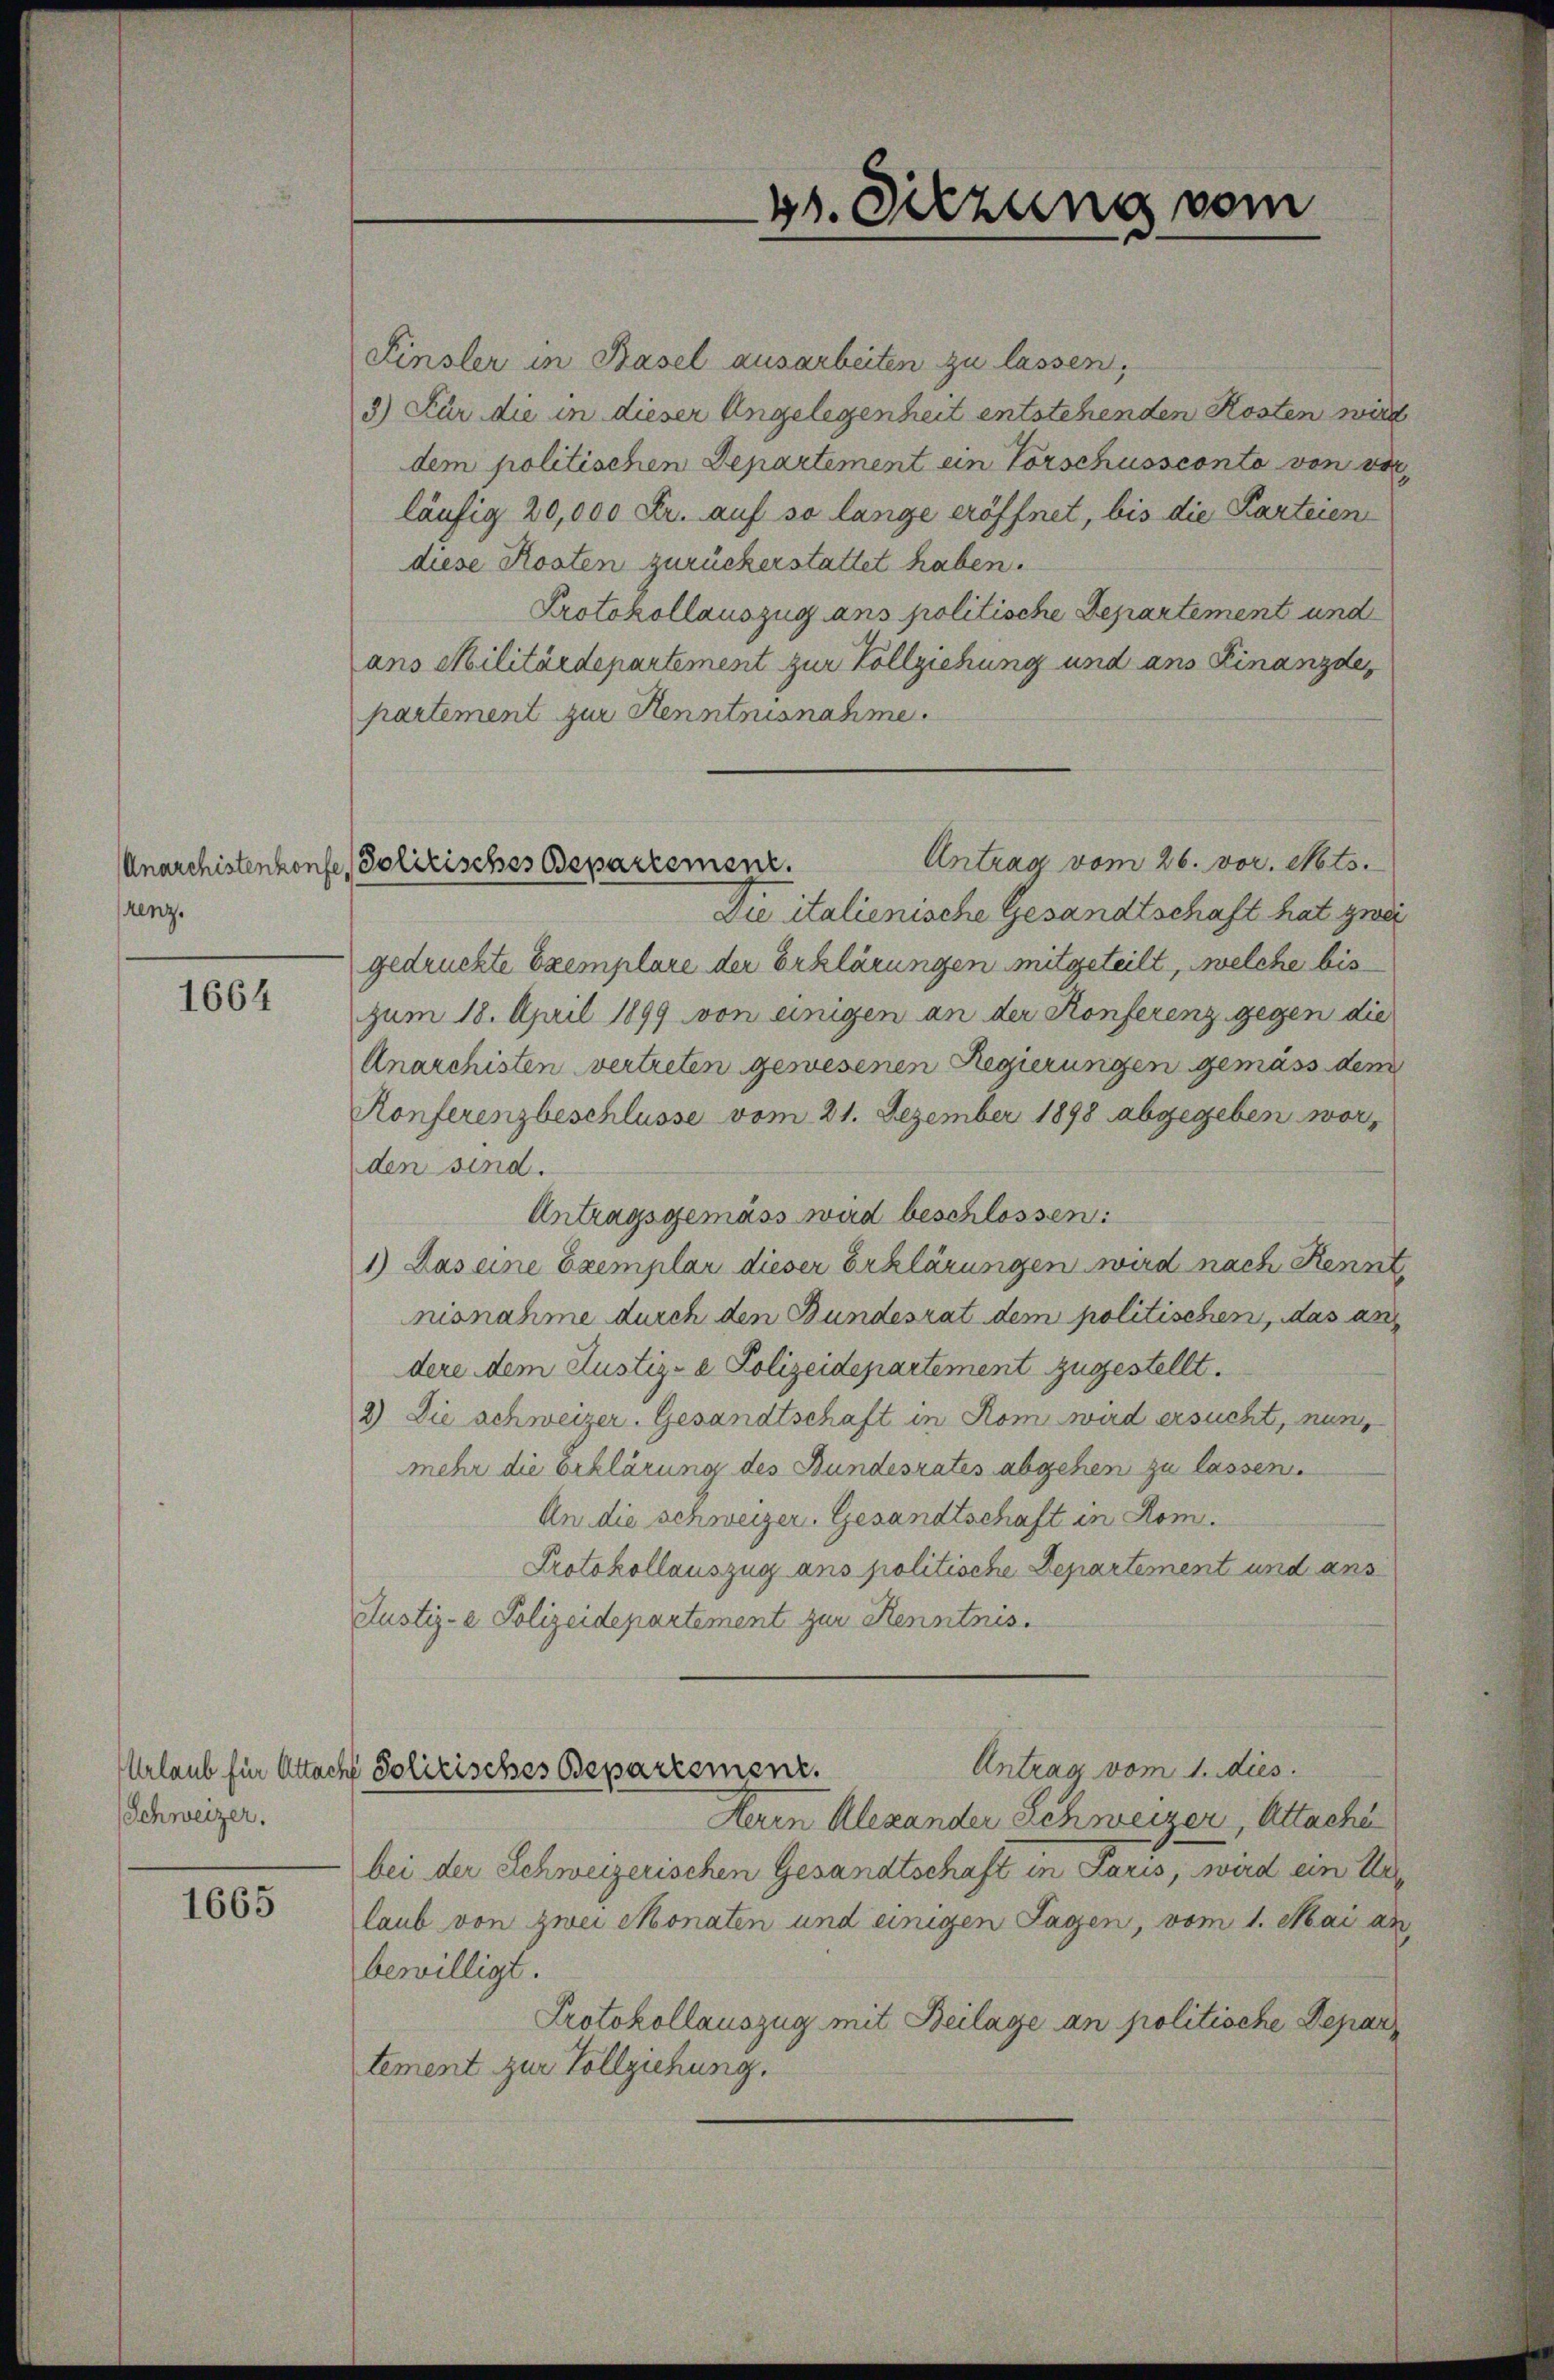
renz.

1664

Urlaub für Attacht
Schweizer.

1665

Finsler in Basel ausarbeiten zu lassen,
3) Für die in dieser Angelegenheit entstehenden Kosten wird
dem politischen Departement ein Vorschussconte von vorläufig 20,000 Fr. auf so lange eröffnet, bis die Karteien
diese Kosten zurückerstattet haben.
Protokollauszug ans politische Departement und
ans Militärdepartement zur Vollziehung und ans Finanzde
partement zur Kenntnisnahme.
Antrag vom 26. vor. Mts.
Die italienische Gesandtschaft hat zwei
gedruckte Exemplare der Erklärungen mitgeteilt, welche bis
zum 18. April 1899 von einigen an der Konferenz gegen die
Anarchisten vertreten gewesenen Regierungen gemäss dem
Konferenzbeschlüsse vom 21. Dezember 1898 abgegeben worden sind.
Antragsgemäss wird beschlossen:
1) Das eine Exemplar dieser Erklärungen wird nach Kennt,
nisnahme durch den Bundesrat dem politischen, das ang
dere dem Justiz- & Polizeidepartement zugestellt.
2) Die schweizer. Gesandtschaft in Rom wird ersucht, nun,
mehr die Erklärung des Bundesrates abgehen zu lassen.
An die schweizer. Gesandtschaft in Rom.
Protokollauszug ans politische Departement und ans
Justiz- Polizeidepartement zur Kenntnis.
Antrag vom 1. dies
Solitisches Departement.
Heren Alexander Schweizer, Attache
bei der Schweizerischen Gesandtschaft in Paris, wird ein Ur
laub von zwei Monaten und einigen Tagen, vom 1. Mai an
bewilligt.
Protokollauszug mit Beilage an politische Depar
tement zur Vollziehung.

Anarchistenkonfe, Politisches Departement.

g. Sitzung vom